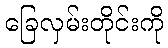
ခြေလှမ်းတိုင်းကို